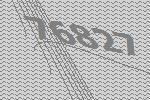
76827